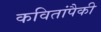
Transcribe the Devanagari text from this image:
कवितांपैकी